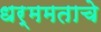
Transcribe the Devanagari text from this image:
धर्ममताचे